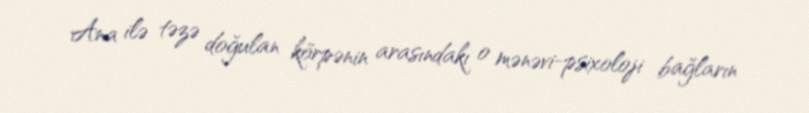
Ana ilə təzə doğulan körpənin arasındakı o mənəvi-psixoloji bağların